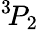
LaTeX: {}^{3}\! P_{2}